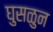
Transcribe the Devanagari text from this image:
घुसळुन